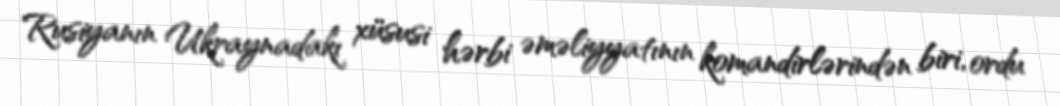
Rusiyanın Ukraynadakı xüsusi hərbi əməliyyatının komandirlərindən biri, ordu